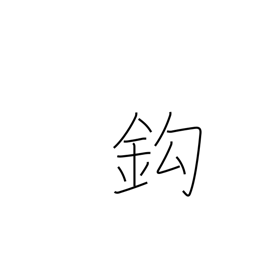
Meaning: hook